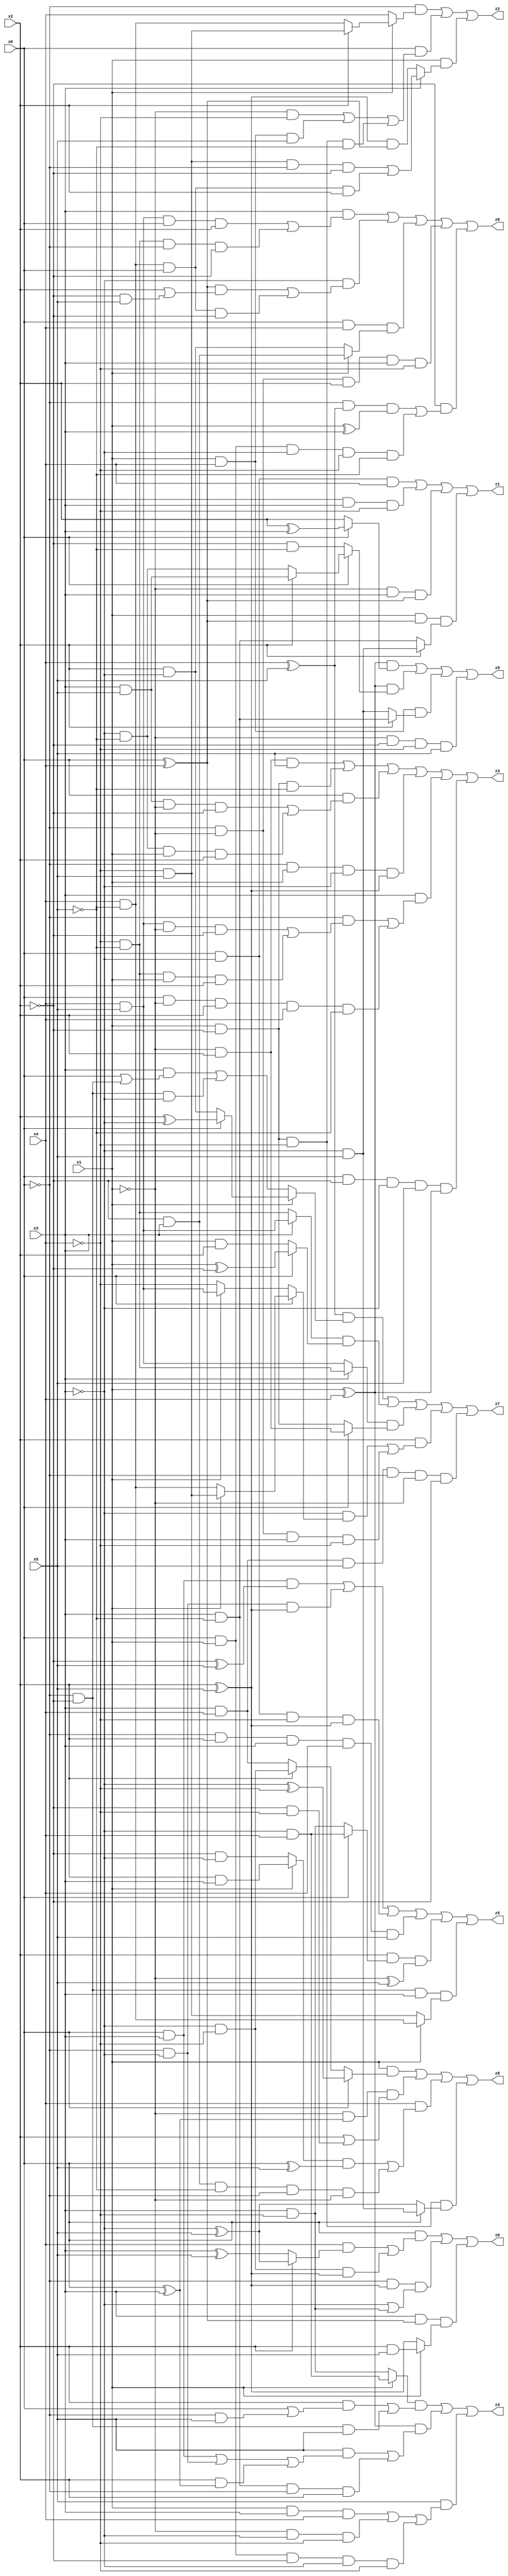
// Benchmark "X_31" written by ABC on Mon Jun 05 18:09:17 2023

module X_31 ( 
    x0, x1, x2, x3, x4, x5,
    z0, z1, z2, z3, z4, z5, z6, z7, z8, z9  );
  input  x0, x1, x2, x3, x4, x5;
  output z0, z1, z2, z3, z4, z5, z6, z7, z8, z9;
  assign z0 = (x0 & ((x4 & (x2 ? (~x3 ^ x5) : (x3 ^ x5))) | (~x3 & ~x4 & (x2 ^ x5)))) | (~x0 & (x2 ^ x5) & (~x3 | (x3 & ~x4))) | (x3 & (x0 ^ x4) & (x1 ? (x2 & x5) : (x2 ^ x5)));
  assign z1 = (x0 & ~x3 & x4) | (~x0 & x3 & ~x4) | (~x1 & x3 & (x0 ^ x4)) | (x1 & (x0 ^ x4) & (x2 ? (~x3 & x5) : (x3 & ~x5)));
  assign z2 = (~x0 & (x1 ? (x2 ? (~x4 & x5) : (x4 & ~x5)) : x4)) | (x0 & ((~x1 & ~x4) | (x1 & x4 & x5) | (x1 & ~x2 & ~x4 & ~x5))) | (x1 & (x3 ? ((~x4 & x5 & ~x0 & ~x2) | (x4 & ~x5 & x0 & x2)) : ((x2 ^ x5) & (x0 ^ x4))));
  assign z3 = (~x1 & x2 & x5) | (x1 & ~x2 & ~x5) | (x0 & ((x3 & x5 & ~x1 & ~x2) | (~x3 & ~x5 & x1 & x2))) | (~x0 & x1 & ~x3 & (x2 ^ x5)) | (x3 & ((~x0 & ((x4 & x5 & ~x1 & ~x2) | (~x4 & ~x5 & x1 & x2))) | (x0 & ~x1 & x2 & x4 & ~x5))) | (x0 & ~x2 & ~x3 & x5 & (x1 ^ x4));
  assign z4 = ((x1 ? (~x3 & x4) : (x3 & ~x4)) & ((x2 & (x0 | (~x0 & x5))) | (~x0 & ~x2 & x5))) | ((x1 ^ x4) & ((x5 & ((x0 & x3) | (~x0 & ~x3) | (x2 & (x0 ^ x3)))) | (x3 & ~x5 & ~x0 & x2))) | (x5 & ((x1 & x3 & x4) | (~x1 & ~x3 & ~x4) | (x0 & x1 & ~x2 & ~x3 & ~x4)));
  assign z5 = (x0 & x3 & (~x2 ^ x5)) | (~x0 & ~x3 & (x2 ^ x5)) | (x0 & ~x3 & ~x4 & (x2 ^ x5)) | (~x0 & x2 & x3 & x4 & x5) | (x2 & (x0 ? (~x3 & x4) : (x3 & ~x4)) & (~x1 ^ x5)) | (~x0 & ~x2 & x3 & (x1 ? (x4 & ~x5) : (~x4 & x5)));
  assign z6 = (x3 & ((x4 & x5 & x0 & x2) | (~x4 & ~x5 & ~x0 & ~x2))) | (~x3 & (((x0 ^ x4) & (x2 | (~x2 & x5))) | (x4 & ~x5 & x0 & ~x2))) | (x0 & x4 & (x1 ? (~x2 & x3) : (x2 & ~x3))) | (~x0 & ~x1 & x2 & x3 & ~x4) | (~x2 & ((~x0 & (x4 ^ x5) & (x1 ^ x3)) | (x0 & x1 & ~x3 & ~x4 & ~x5)));
  assign z7 = ((x4 ^ x5) & (x1 ? (x0 ? (x2 ^ ~x3) : (x2 & ~x3)) : ((x3 & (x0 | (~x0 & ~x2))) | (~x0 & ~x2 & ~x3)))) | ((x3 ? (x4 & x5) : (~x4 & ~x5)) & (x0 ? (x1 ^ ~x2) : (x1 & x2))) | ((x3 ? (~x4 & ~x5) : (x4 & x5)) & (x0 ? (~x1 & x2) : (x1 & ~x2))) | (x2 & ((~x3 & (x0 ? (x1 ? (~x4 & x5) : (x4 & ~x5)) : (x1 ? (x4 & x5) : ~x4))) | (~x0 & ~x1 & x3 & ~x4))) | (x3 & x4 & x5 & ~x0 & ~x1 & ~x2);
  assign z8 = (x1 & (x0 ? (~x3 ^ ~x4) : (x2 ? (~x3 & ~x4) : (x3 & x4)))) | (~x1 & (x0 ^ x3) & (x2 | (~x2 & ~x4))) | (x4 & (((x1 ? (x2 & x3) : (~x2 & ~x3)) & (x0 ^ x5)) | (~x2 & x3 & ~x5 & ~x0 & ~x1))) | (x1 & ~x2 & ~x4 & (x0 ? (~x3 & x5) : (~x3 ^ x5)));
  assign z9 = ((x1 ^ x4) & (x0 ? (x2 ^ x3) : x2)) | ((x1 ^ x4) & (x0 ? (x2 ? (x3 & x5) : (~x3 & ~x5)) : (~x2 & ~x5))) | (x1 & x4 & (x2 ? (x3 & ~x5) : (~x3 & x5))) | (~x1 & ~x2 & ~x4 & x5);
endmodule